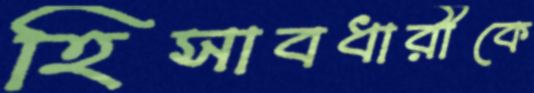
হিসাবধারীকে